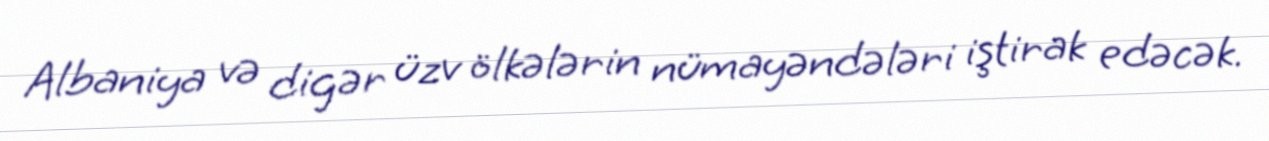
Albaniya və digər üzv ölkələrin nümayəndələri iştirak edəcək.